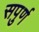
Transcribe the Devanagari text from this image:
सपुर्ण